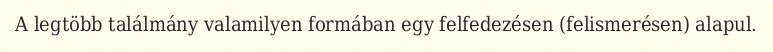
A legtöbb találmány valamilyen formában egy felfedezésen (felismerésen) alapul.